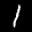
Label: 1